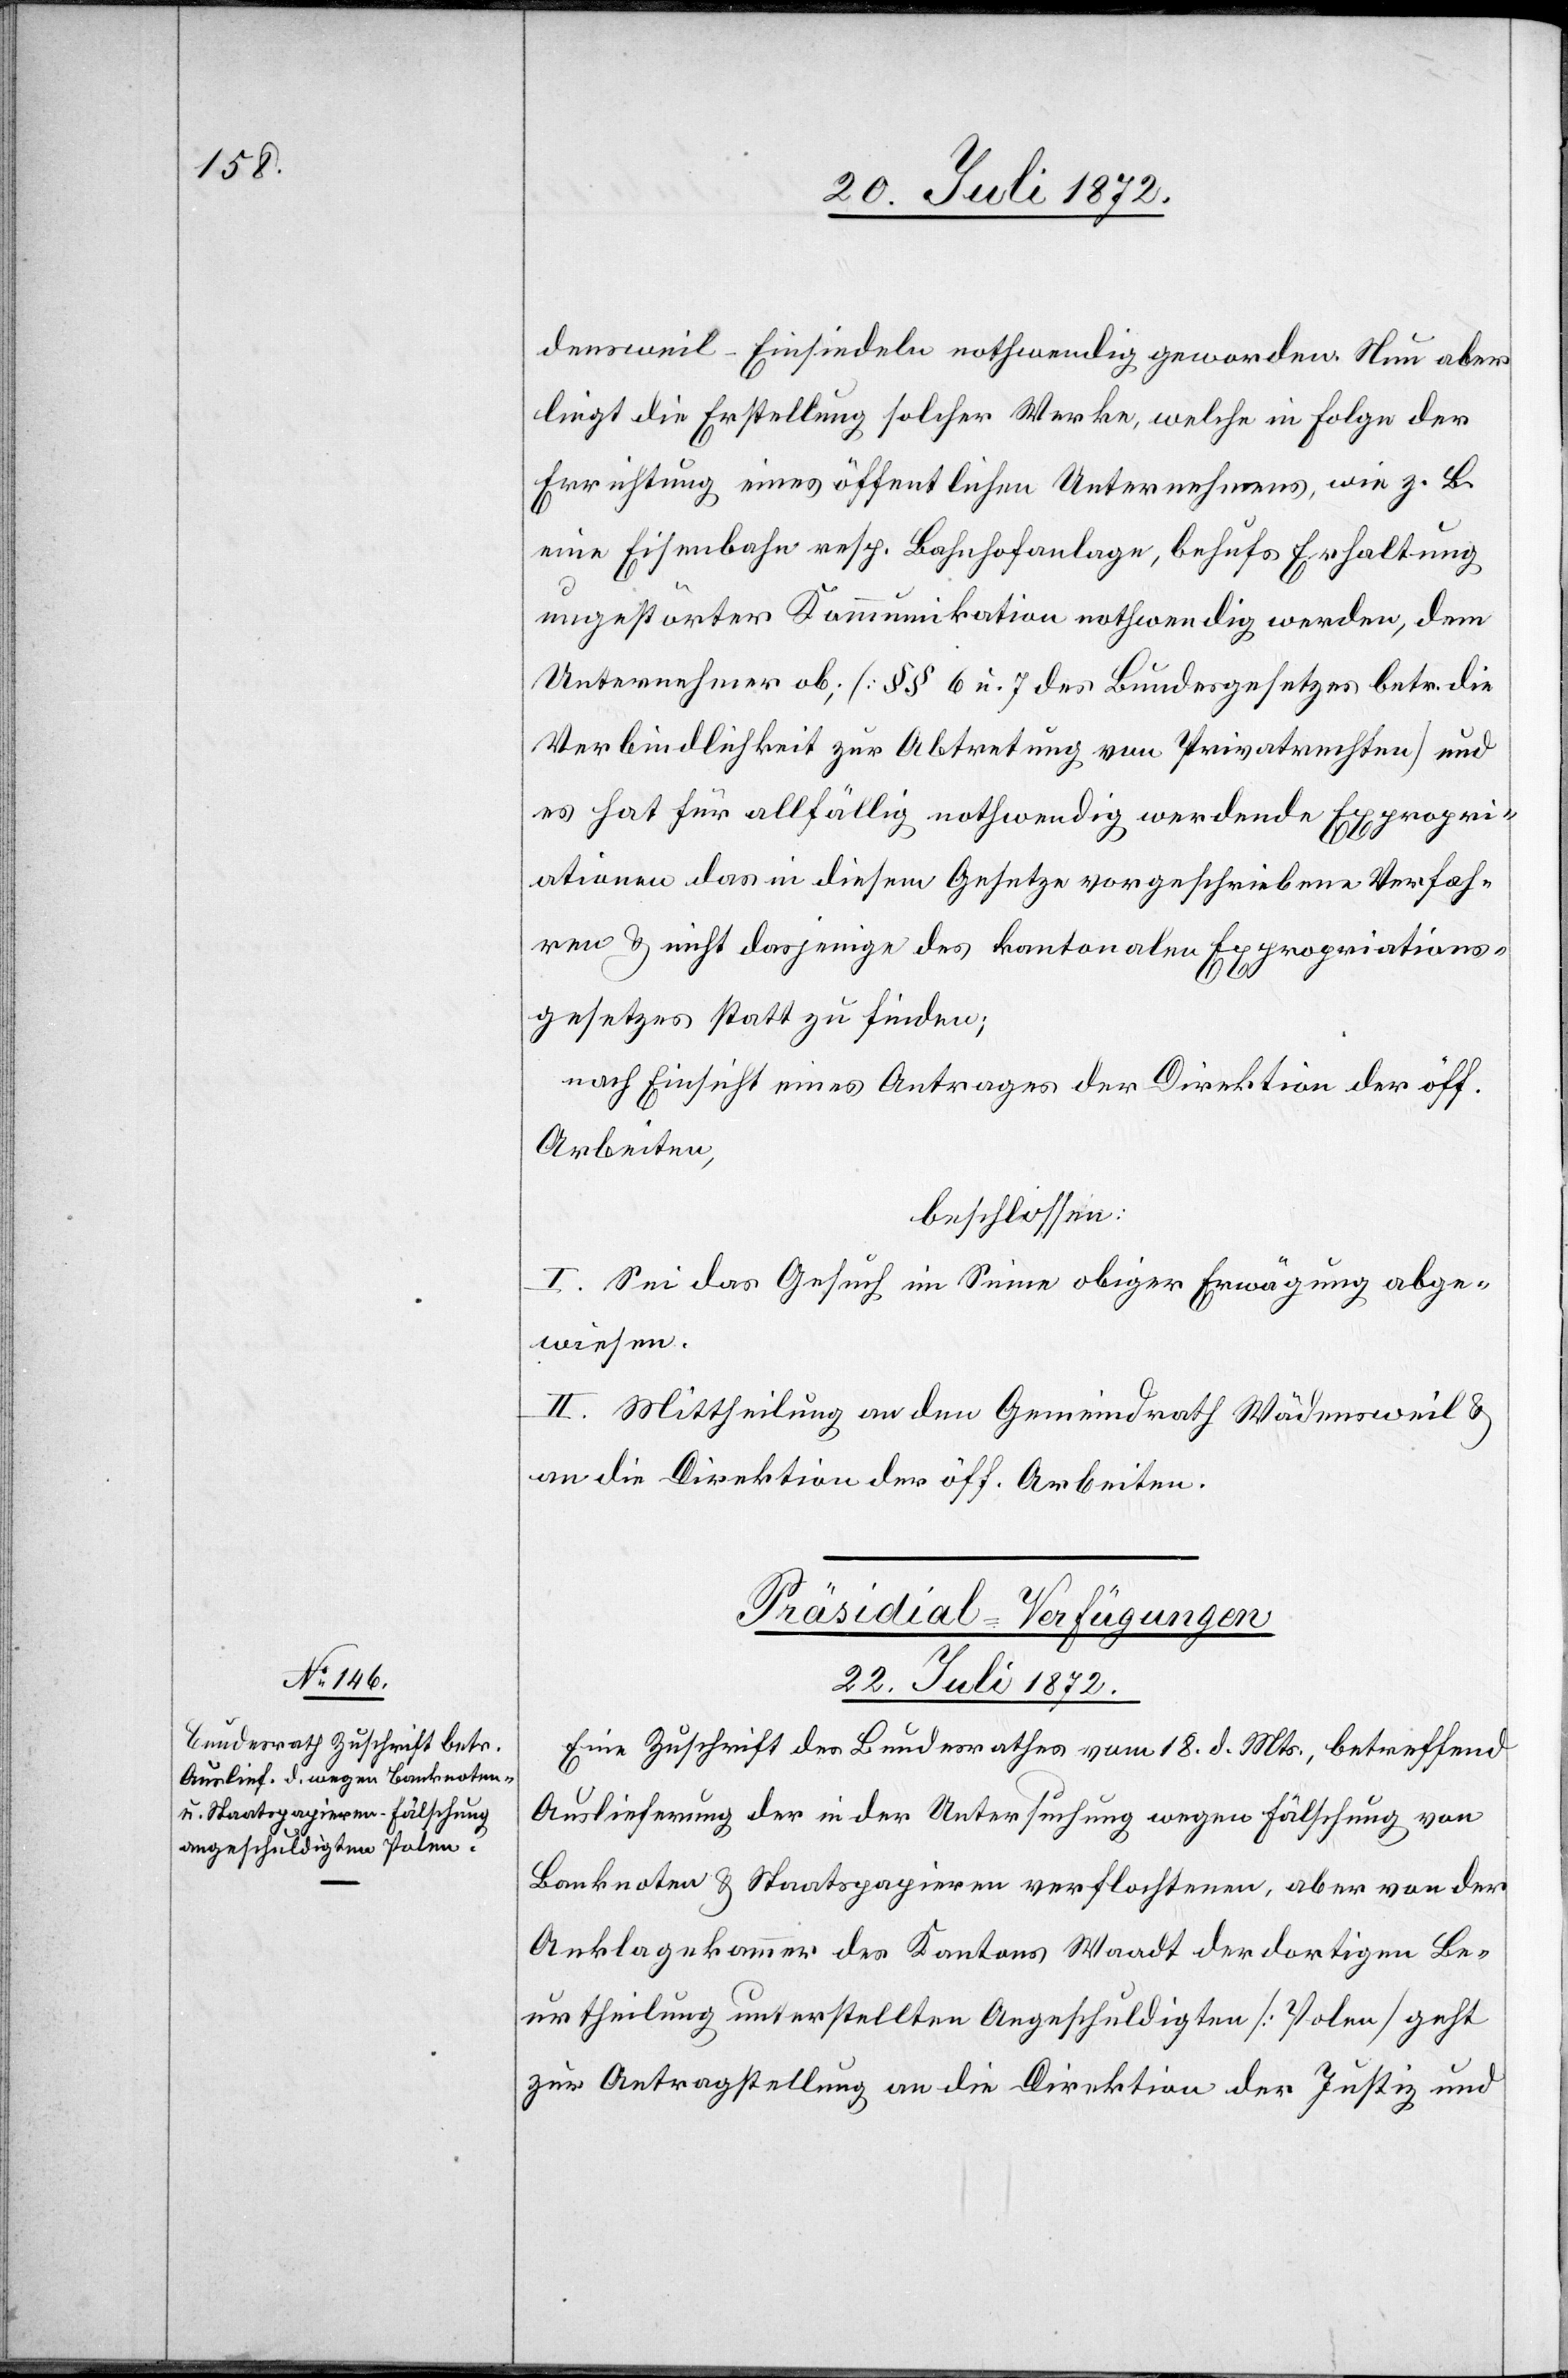
densweil–Einsiedeln nothwendig geworden. Nun aber
liegt die Erstellung solcher Werke, welche in Folge der
Errichtung eines öffentlichen Unternehmens, wie z. B.
eine Eisenbahn resp. Bahnhofanlage, behufs Erhaltung
ungestörter Kommunikation nothwendig werden, dem
Unternehmer ob; [§§ 6 u. 7 des Bundesgesetzes betr. die
Verbindlichkeit zur Abtretung von Privatrechten] und
es hat für allfällig nothwendig werdende Expropri¬
ationen das in diesem Gesetze vorgeschriebene Verfah¬
ren u. nicht dasjenige des kantonalen Expropriations¬
gesetzes statt zu finden.
nach Einsicht eines Antrages der Direktion der öff.
Arbeiten,
beschlossen:
I. Sei das Gesuch im Sinne obiger Erwägung abge¬
wiesen.
II. Mittheilung an den Gemeindrath Wädensweil u.
an die Direktion der öff. Arbeiten.
Präsidial-Verfügungen
22. Juli 1872.
Eine Zuschrift des Bundesrathes vom 18. d. Mts., betreffend
Auslieferung der in der Untersuchung wegen Fälschung von
Banknoten u. Staatspapieren verflochtenen, aber von der
Anklagekammer des Kantons Waadt der dortigen Be¬
urtheilung unterstellten Angeschuldigten [Polen] geht
zur Antragstellung an die Direktion der Justiz und